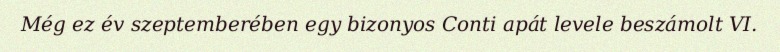
Még ez év szeptemberében egy bizonyos Conti apát levele beszámolt VI.